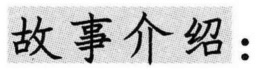
故事介绍：